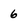
Character: 6